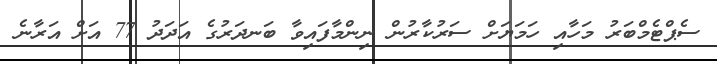
ސެޕްޓެމްބަރު މަހާއި ހަމަޔަށް ސަރުކާރުން ނިންމާފައިވާ ބަނދަރުގެ އަދަދު 77 އަށް އަރާނެ